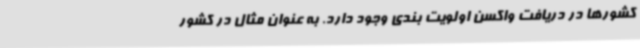
کشورها در دریافت واکسن اولویت بندی وجود دارد. به عنوان مثال در کشور